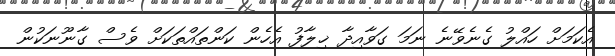
އެކަމަށް ހައްލު ގެނެވޭނެ ނަމަ ގަވާއިދާ ޚިލާފު އެހެން ކަންތައްތަކަށް ވެސް ގާނޫނަކުން